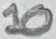
Text: 10